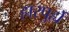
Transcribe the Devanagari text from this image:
हारपुर्ह्ये